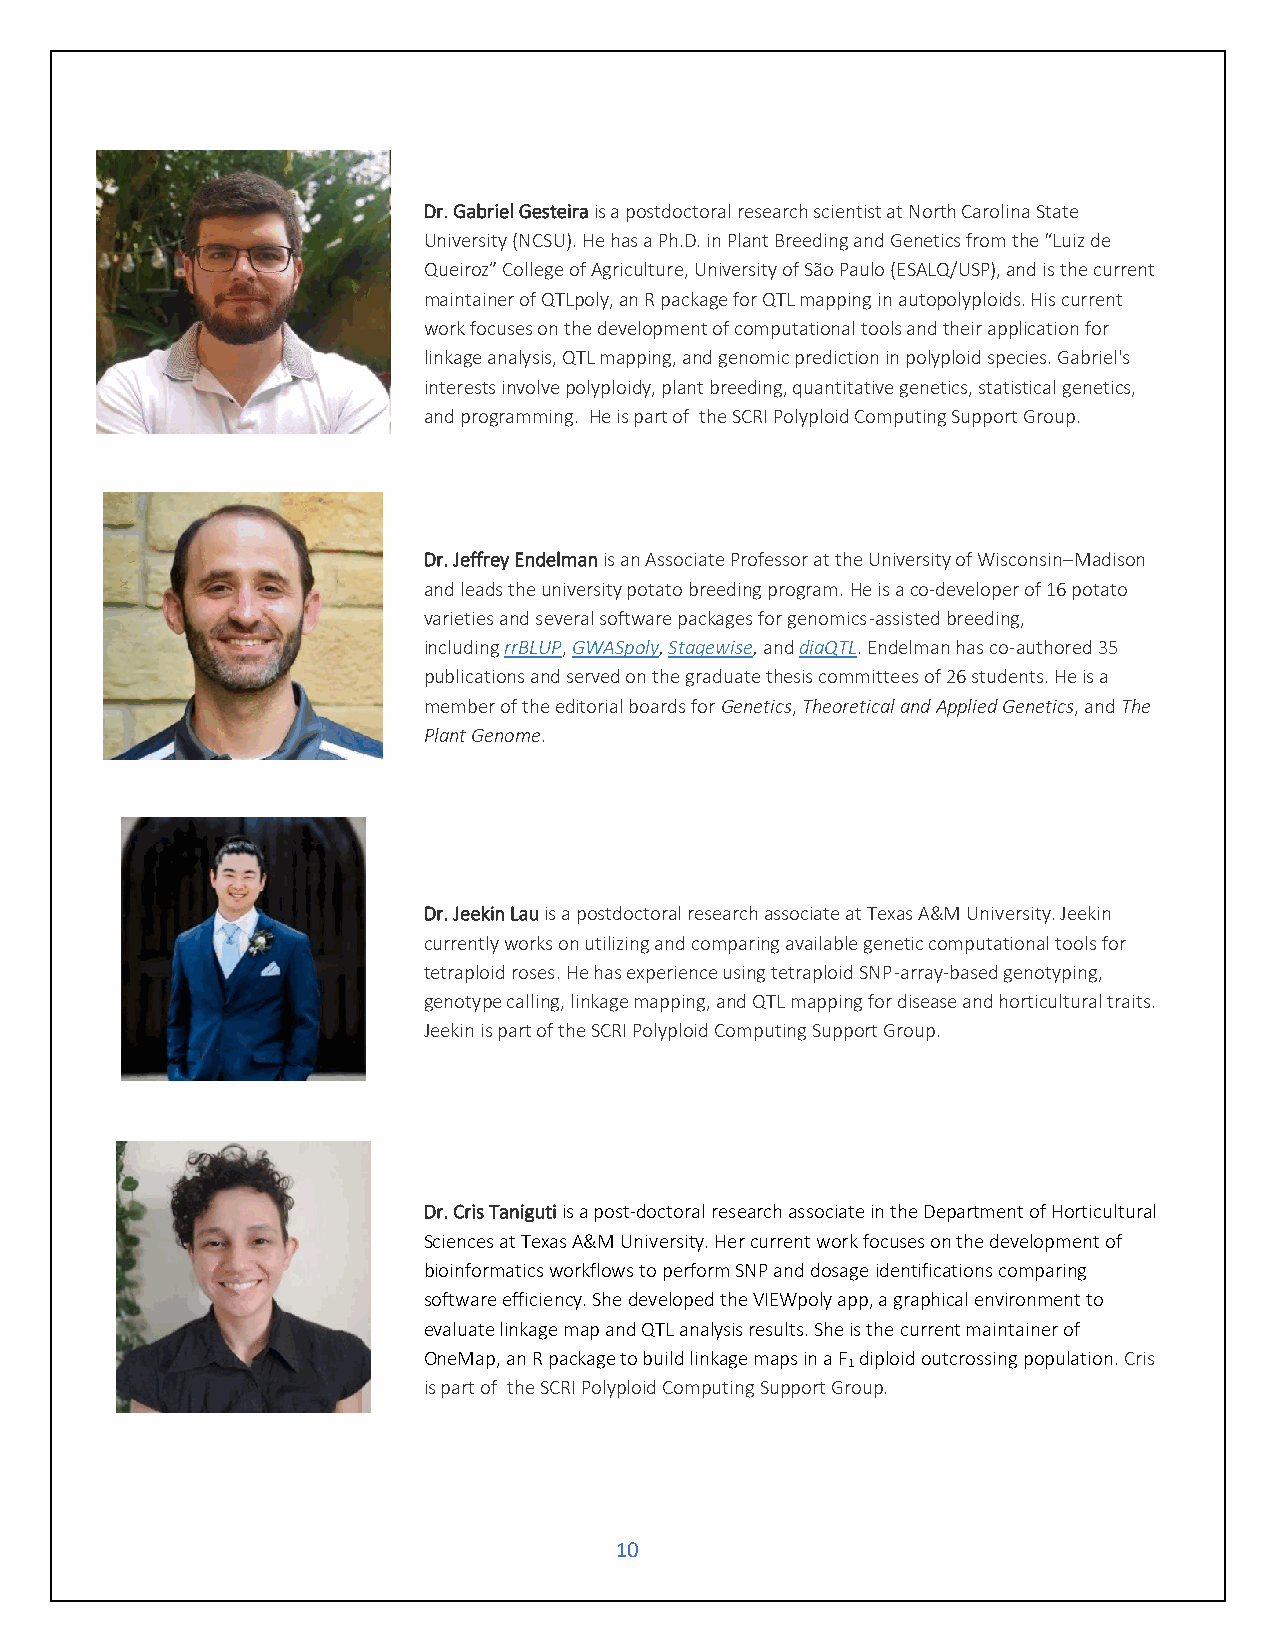
Dr. Gabriel Gesteira is a postdoctoral research scientist at North Carolina State
 University (NCSU). He has a Ph.D. in Plant Breeding and Genetics from the “Luiz de
 Queiroz” College of Agriculture, University of São Paulo (ESALQ/USP), and is the current
 maintainer of QTLpoly, an R package for QTL mapping in autopolyploids. His current
 work focuses on the development of computational tools and their application for
 linkage analysis, QTL mapping, and genomic prediction in polyploid species. Gabriel's
 interests involve polyploidy, plant breeding, quantitative genetics, statistical genetics,
 and programming. He is part of the SCRI Polyploid Computing Support Group.
 Dr. Jeffrey Endelman is an Associate Professor at the University of Wisconsin–Madison
 and leads the university potato breeding program. He is a co-developer of 16 potato
 varieties and several software packages for genomics-assisted breeding,
 including rrBLUP, GWASpoly, Stagewise, and diaQTL. Endelman has co-authored 35
 publications and served on the graduate thesis committees of 26 students. He is a
 member of the editorial boards for Genetics, Theoretical and Applied Genetics, and The
 Plant Genome.
 Dr. Jeekin Lau is a postdoctoral research associate at Texas A&M University. Jeekin
 currently works on utilizing and comparing available genetic computational tools for
 tetraploid roses. He has experience using tetraploid SNP-array-based genotyping,
 genotype calling, linkage mapping, and QTL mapping for disease and horticultural traits.
 Jeekin is part of the SCRI Polyploid Computing Support Group.
 Dr. Cris Taniguti is a post-doctoral research associate in the Department of Horticultural
 Sciences at Texas A&M University. Her current work focuses on the development of
 bioinformatics workflows to perform SNP and dosage identifications comparing
 software efficiency. She developed the VIEWpoly app, a graphical environment to
 evaluate linkage map and QTL analysis results. She is the current maintainer of
 OneMap, an R package to build linkage maps in a F diploid outcrossing population. Cris
 1
 is part of the SCRI Polyploid Computing Support Group.
 10